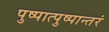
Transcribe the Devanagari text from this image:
पुष्पात्पुष्पान्तरं